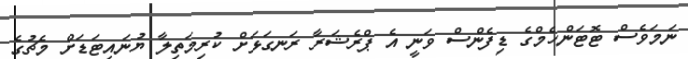
ނަމަވެސް ޓޮޓަންހެމްގެ ޑިފެންސް ވަނީ އެ ޕްރެޝަރާ ރަނގަޅަށް ކުރިމަތިލާ ޔުނައިޓަޑަށް މެޗުގެ